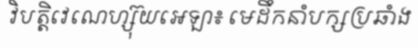
វិបត្តិវេណេហ្ស៊ុយអេឡា៖ មេដឹកនាំបក្សប្រឆាំង